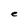
Character: e